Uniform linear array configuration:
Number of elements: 32
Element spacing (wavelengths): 0.75
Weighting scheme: binomial
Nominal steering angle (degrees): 30
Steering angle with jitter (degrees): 29.355
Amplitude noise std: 0.05
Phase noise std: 0.05

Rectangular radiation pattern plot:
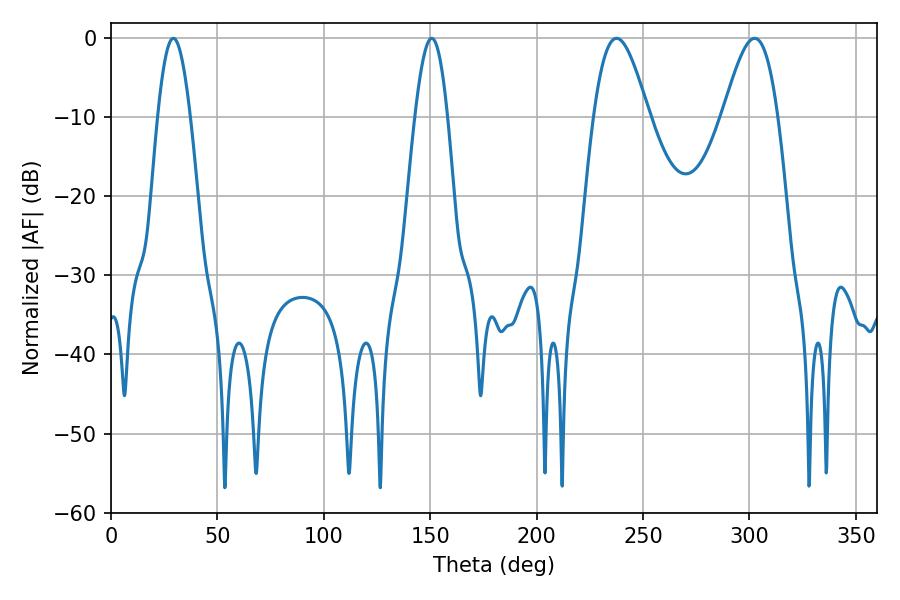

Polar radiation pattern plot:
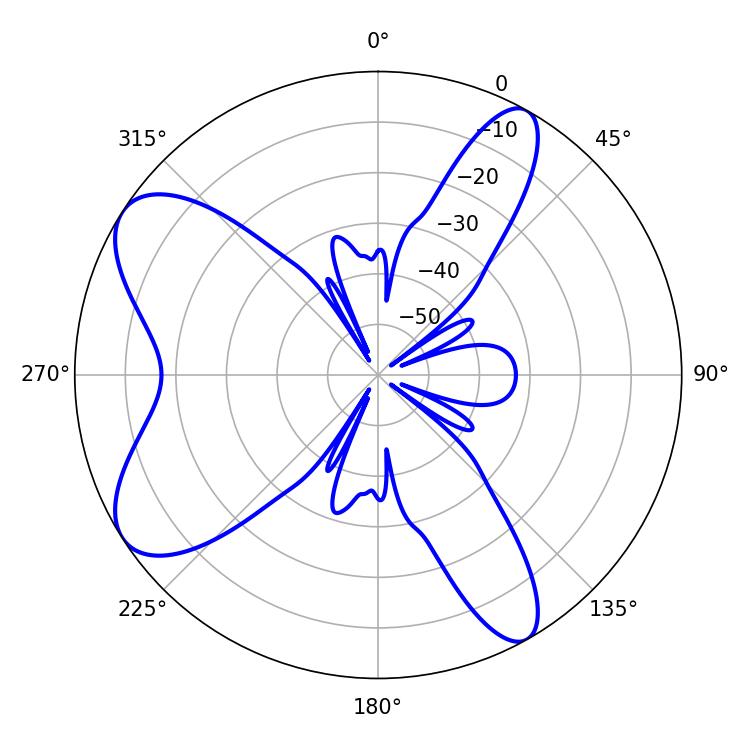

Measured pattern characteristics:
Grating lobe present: TRUE
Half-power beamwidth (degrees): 13.86
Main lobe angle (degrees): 237.6